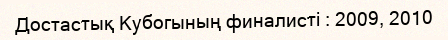
Достастық Кубогының финалисті : 2009, 2010